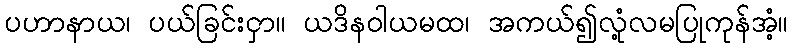
ပဟာနာယ၊ ပယ်ခြင်းငှာ။ ယဒိနဝါယမထ၊ အကယ်၍လုံ့လမပြုကုန်အံ့။